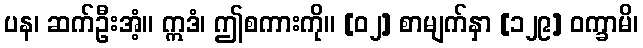
ပန၊ ဆက်ဦးအံ့။ ဣဒံ၊ ဤစကားကို။ [၀၂] စာမျက်နှာ [၁၂၉] ဝက္ခာမိ၊